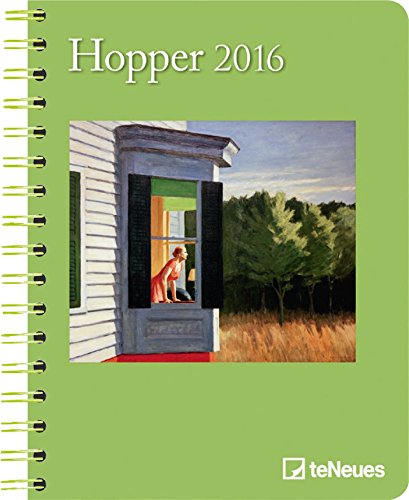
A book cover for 2016 Edward Hopper Deluxe Engagement Calendar; Calendars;